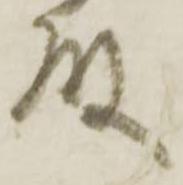
殿